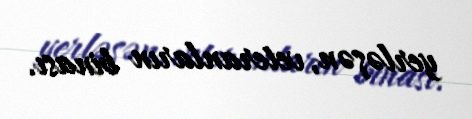
yerləşən, veteranların binası.